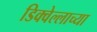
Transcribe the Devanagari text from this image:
डिक्वेल्लाच्या